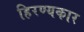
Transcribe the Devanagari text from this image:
हिरण्यकार